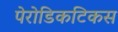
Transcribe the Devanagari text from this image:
पेरोडिकटिकस